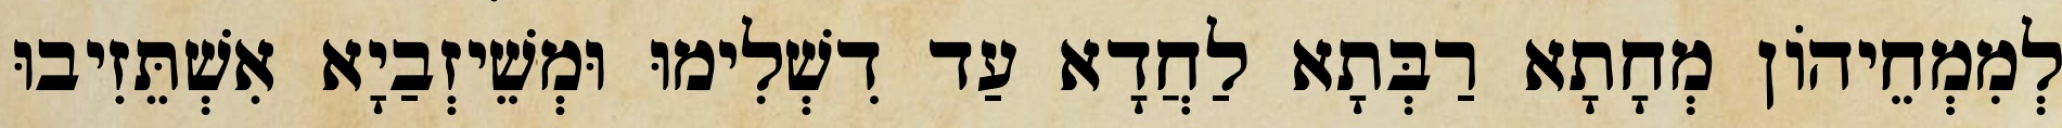
לְמִמְחֵיהוֹן מְחָתָא רַבְּתָא לַחֲדָא עַד דִשְׁלִימוּ וּמְשֵׁיזְבַיָא אִשְׁתֵּזִיבוּ